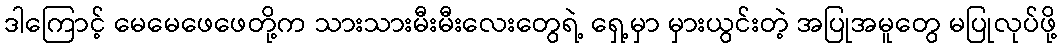
ဒါကြောင့် မေမေဖေဖေတို့က သားသားမီးမီးလေးတွေရဲ့ ရှေ့မှာ မှားယွင်းတဲ့ အပြုအမူတွေ မပြုလုပ်ဖို့